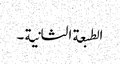
الطبعة الثانیة ۔